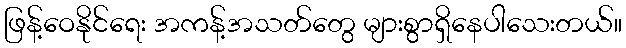
ဖြန့်ဝေနိုင်ရေး အကန့်အသတ်တွေ များစွာရှိနေပါသေးတယ်။